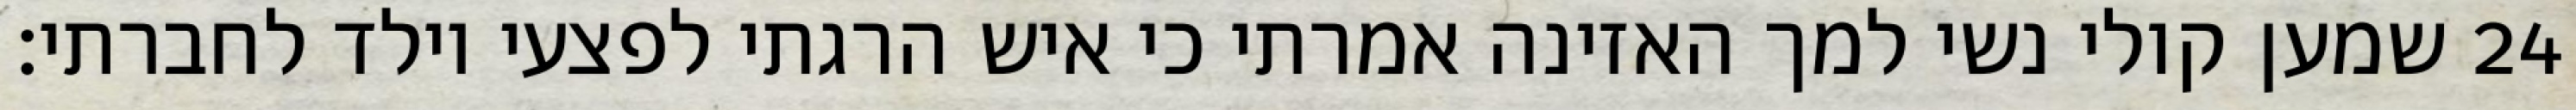
שמען קולי נשי למך האזינה אמרתי כי איש הרגתי לפצעי וילד לחברתי׃ ‎24‏